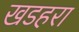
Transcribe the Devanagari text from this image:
खडहरा